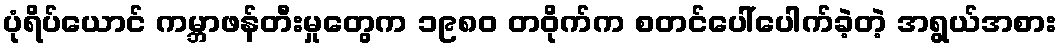
ပုံရိပ်ယောင် ကမ္ဘာဖန်တီးမှုတွေက ၁၉၈၀ တဝိုက်က စတင်ပေါ်ပေါက်ခဲ့တဲ့ အရွယ်အစား